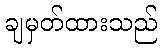
ချမှတ်ထားသည်